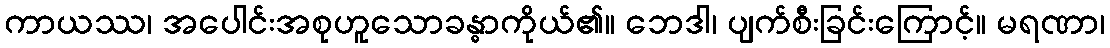
ကာယဿ၊ အပေါင်းအစုဟူသောခန္ဓာကိုယ်၏။ ဘေဒါ၊ ပျက်စီးခြင်းကြောင့်။ မရဏာ၊